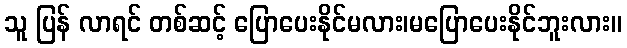
သူ ပြန် လာရင် တစ်ဆင့် ပြောပေးနိုင်မလား၊မပြောပေးနိုင်ဘူးလား။